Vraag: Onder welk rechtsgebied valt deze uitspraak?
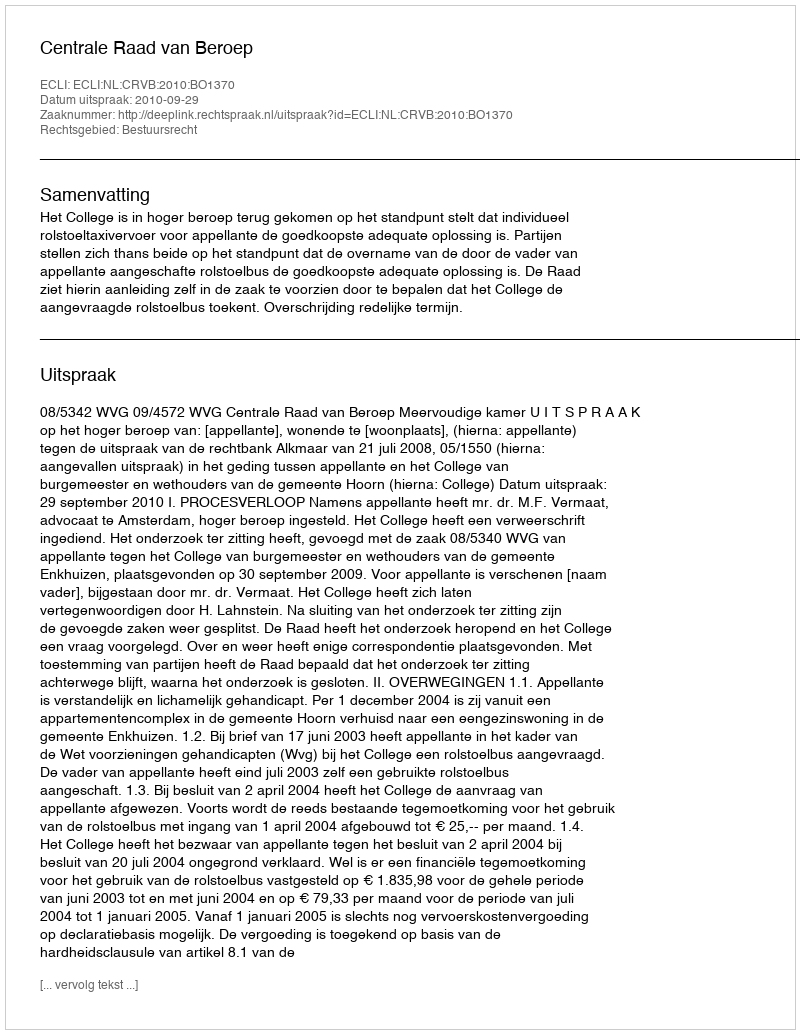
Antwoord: Bestuursrecht